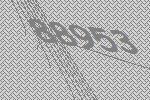
88953